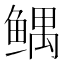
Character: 𱈂